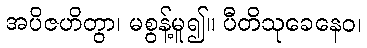
အပိဇဟိတွာ၊ မစွန့်မူ၍။ ပီတိသုခေနေဝ၊